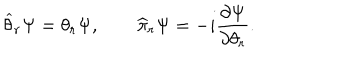
\widehat \theta _ { r } \Psi = \theta _ { r } \Psi , \qquad \widehat \pi _ { r } \Psi = - i \frac { \partial \Psi } { \partial \theta _ { r } } .